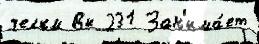
челкм Вы 231 Зан'има́ет